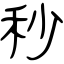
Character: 秒